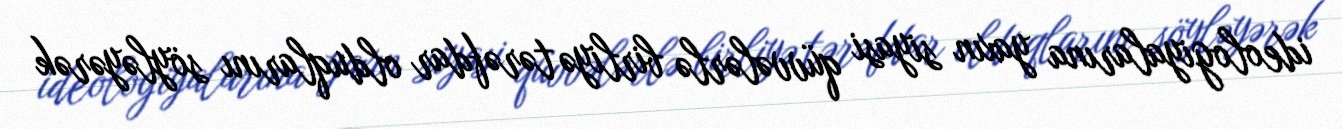
ideologiyalarına yaxın siyasi qüvvələrlə birliyə tərəfdar olduqlarını söyləyərək